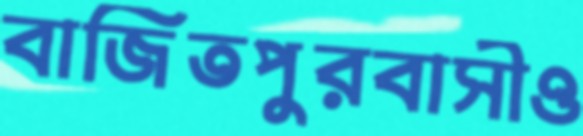
বাজিতপুরবাসীও